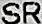
SR